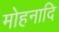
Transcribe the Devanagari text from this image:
मोहनादि